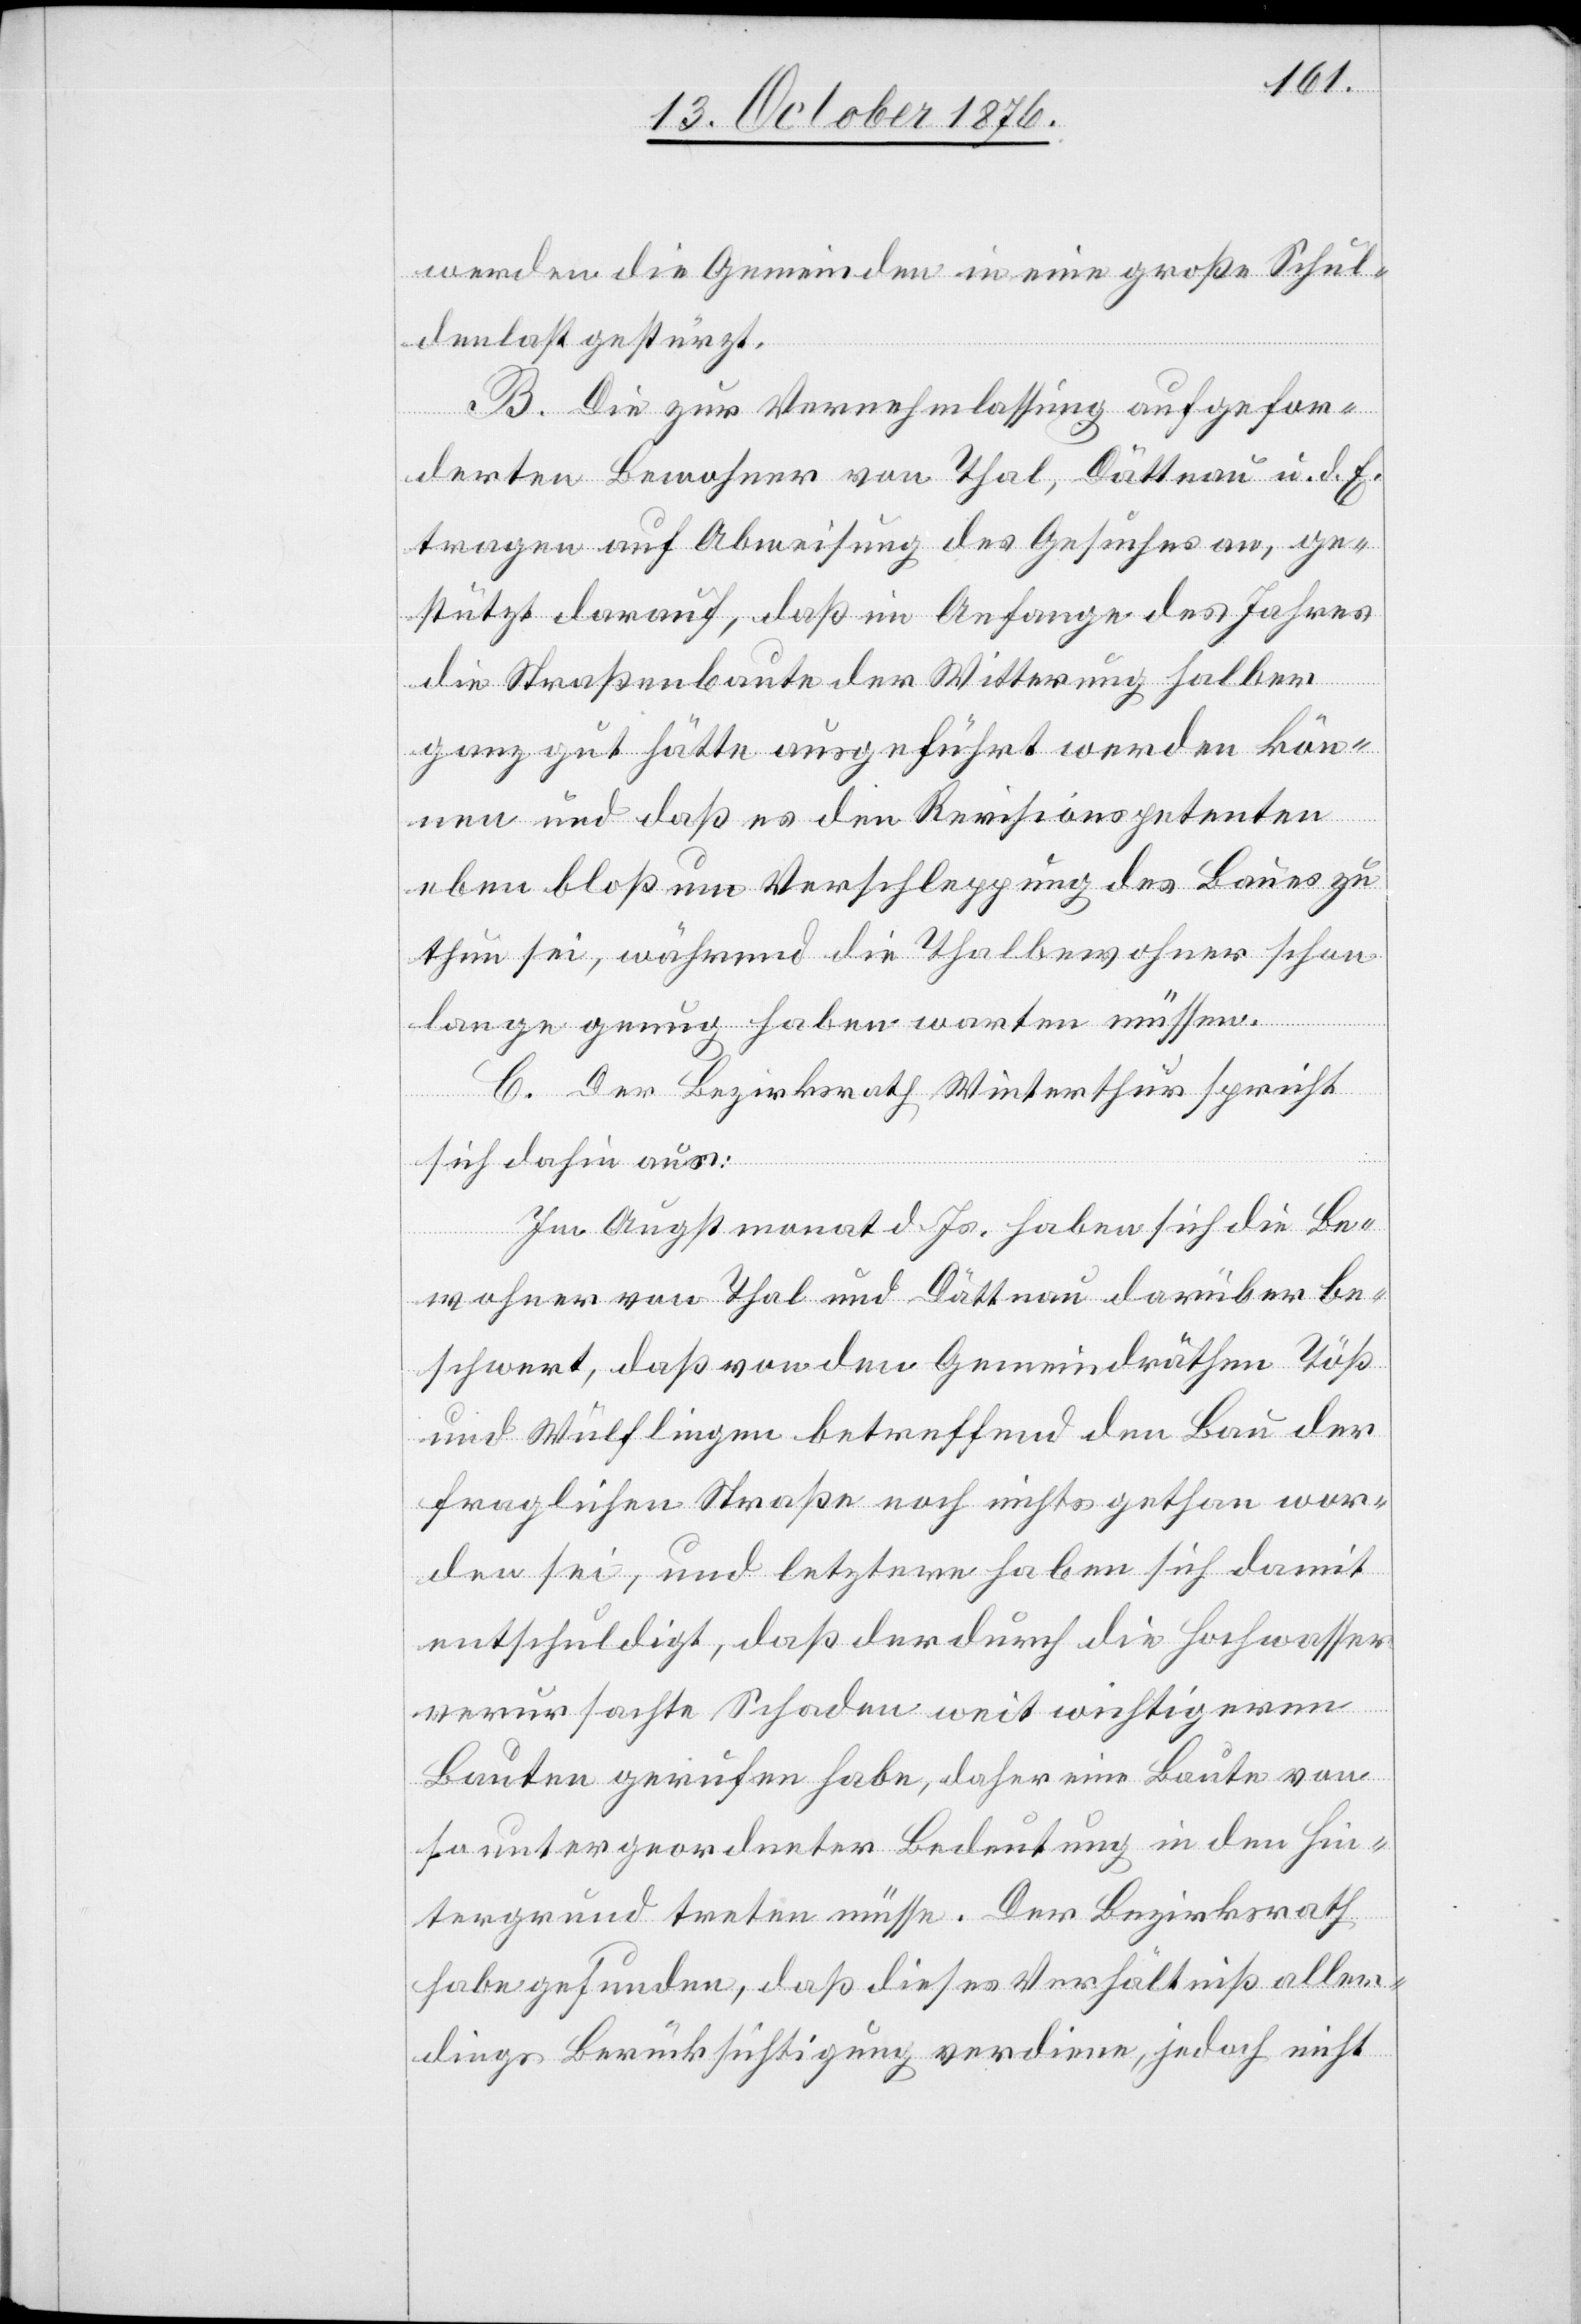
werden die Gemeinden in eine große Schul¬
denlast gestürzt.
B. Die zur Vernehmlassung aufgefor¬
derten Bewohner von Thal, Dättnau u. d. E.
tragen auf Abweisung des Gesuches an, ge¬
stützt darauf, daß im Anfange des Jahres
die Straßenbaute der Witterung halber
ganz gut hätte ausgeführt werden kön¬
nen und daß es den Revisionspetenten
eben bloß um Verschleppung des Baues zu
thun sei, während die Thalbewohner schon
lange genug haben warten müssen.
C. Der Bezirksrath Winterthur spricht
sich dahin aus:
Im Augstmonat d. Js. haben sich die Be¬
wohner von Thal und Dättnau darüber be¬
schwert, daß von den Gemeindräthen Töß
und Wülflingen betreffend den Bau der
fraglichen Straße noch nichts gethan wor¬
den sei, und letztere haben sich damit
entschuldigt, daß der durch die Hochwasser
verursachte Schwaden weit wichtigere
Bauten gerufen habe, daher eine Baute von
so untergeordneter Bedeutung in den Hin¬
tergrund treten müsse. Der Bezirksrath
habe gefunden, daß dieses Verhältniß aller¬
dings Berücksichtigung verdiene, jedoch nicht